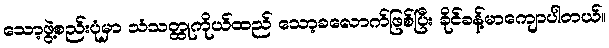
သော့ဖွဲ့စည်းပုံမှာ သံသတ္ထုကိုယ်ထည် သော့ခလောက်ဖြစ်ပြီး ခိုင်ခန့်မာကျောပါတယ်။